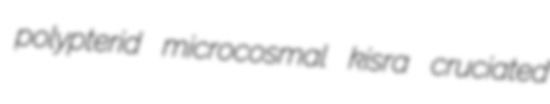
polypterid microcosmal kisra cruciated